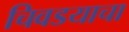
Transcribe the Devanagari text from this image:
चिवडयाचा